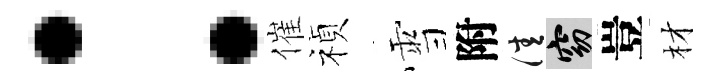
：催禎雪附佳窈豈材